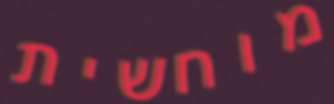
מוחשית